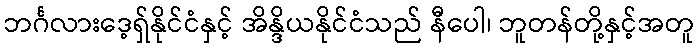
ဘင်္ဂလားဒေ့ရှ်နိုင်ငံနှင့် အိန္ဒိယနိုင်ငံသည် နီပေါ၊ ဘူတန်တို့နှင့်အတူ